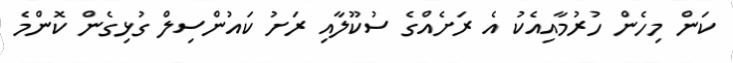
ކަން މިހެން ހުރުމާއިއެކު އެ ރަށެއްގެ ސުކޫލާއި ރަށު ކައުންސިލް ގުޅިގެން ކޮންމެ